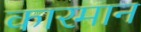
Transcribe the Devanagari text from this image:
कारमान